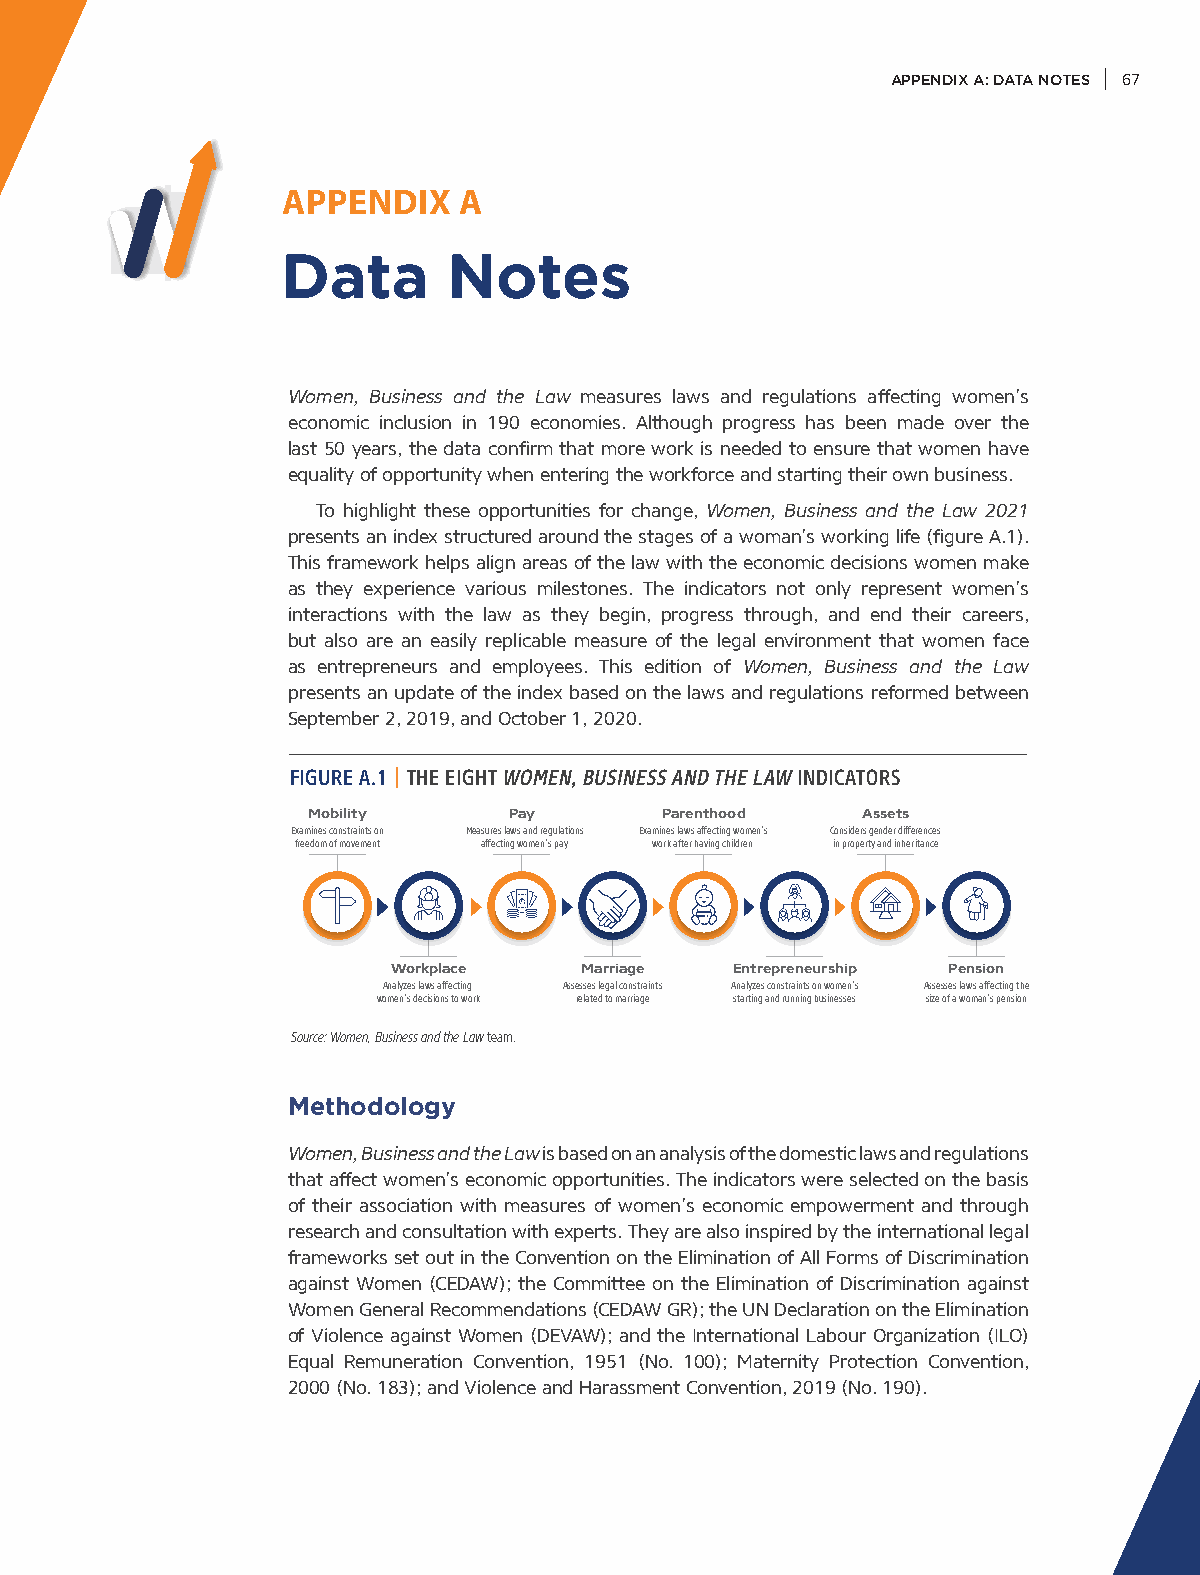
APPENDIX A: DATA NOTES 67
 APPENDIX   A
 Data       Notes
 Women, Business and the Law measures laws and regulations affecting women’s
 economic inclusion in 190 economies. Although progress has been made over the
 last 50 years, the data confirm that more work is needed to ensure that women have
 equality of opportunity when entering the workforce and starting their own business.
 To highlight these opportunities for change, Women, Business and the Law 2021
 presents an index structured around the stages of a woman’s working life (figure A.1).
 This framework helps align areas of the law with the economic decisions women make
 as they experience various milestones. The indicators not only represent women’s
 interactions with the law as they begin, progress through, and end their careers,
 but also are an easily replicable measure of the legal environment that women face
 as entrepreneurs and employees. This edition of Women, Business and the Law
 presents an update of the index based on the laws and regulations reformed between
 September 2, 2019, and October 1, 2020.
 FIGURE A.1 | THE EIGHT WOMEN, BUSINESS AND THE LAW INDICATORS
 Mobility      Pay       Parenthood   Assets
 Examines constraints on Measures laws and regulations Examines laws affecting women’s Considers gender differences
 freedom of movement affecting women’s pay work after having children in property and inheritance
 Workplace   Marriage  Entrepreneurship Pension
 Analyzes laws affecting Assesses legal constraints Analyzes constraints on women’s Assesses laws affecting the
 women’s decisions to work related to marriage starting and running businesses size of a woman’s pension
 Source: Women, Business and the Law team.
 Methodology
 Women, Business and the Law is based on an analysis of the domestic laws and regulations
 that affect women’s economic opportunities. The indicators were selected on the basis
 of their association with measures of women’s economic empowerment and through
 research and consultation with experts. They are also inspired by the international legal
 frameworks set out in the Convention on the Elimination of All Forms of Discrimination
 against Women (CEDAW); the Committee on the Elimination of Discrimination against
 Women General Recommendations (CEDAW GR); the UN Declaration on the Elimination
 of Violence against Women (DEVAW); and the International Labour Organization (ILO)
 Equal Remuneration Convention, 1951 (No. 100); Maternity Protection Convention,
 2000 (No. 183); and Violence and Harassment Convention, 2019 (No. 190).